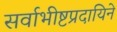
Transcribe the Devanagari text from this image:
सर्वाभीष्टप्रदायिने